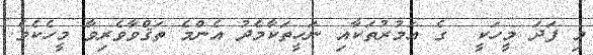
މި ފަދަ މީހަކީ  ގެ އަމުރުތަކާއި ނަހީތަކާމެދު އެންމެ ތަޤްވާވެރިވާ މީހެކެވެ.